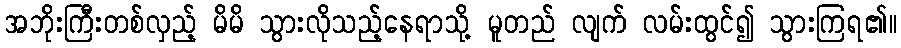
အဘိုးကြီးတစ်လှည့် မိမိ သွားလိုသည့်နေရာသို့ မူတည် လျက် လမ်းထွင်၍ သွားကြရ၏။